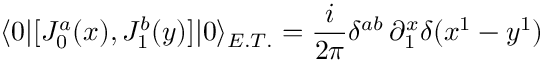
\langle 0 | [ J _ { 0 } ^ { a } ( x ) , J _ { 1 } ^ { b } ( y ) ] | 0 \rangle _ { E . T . } = \frac { i } { 2 \pi } \delta ^ { a b } \, \partial _ { 1 } ^ { x } \delta ( x ^ { 1 } - y ^ { 1 } )